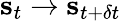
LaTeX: {\mathbf s}_{t}\to{\mathbf s}_{t+\delta t}